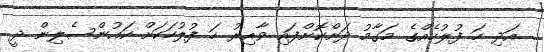
އަދި ހަ ފުލުހެއްގެ މަގާމު ދަށްކޮށްފައި ވާއިރު ހަ ފުލުހަކަށް ކައުންސެލިން ދީ